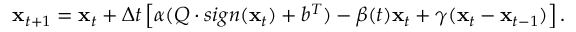
{ \bf x } _ { t + 1 } = { \bf x } _ { t } + \Delta t \left[ \alpha ( Q \cdot s i g n ( { \bf x } _ { t } ) + b ^ { T } ) - \beta ( t ) { \bf x } _ { t } + \gamma ( { \bf x } _ { t } - { \bf x } _ { t - 1 } ) \right] .